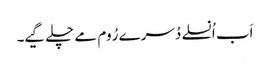
اَب اُنسلے دُسرے رُوم مے چلے گیے۔